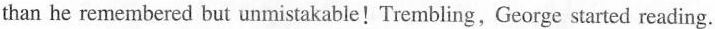
than he remembered but unmistakable! Trembling,George started reading.